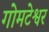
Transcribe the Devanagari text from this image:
गोमटेश्वर